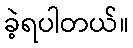
ခဲ့ရပါတယ်။